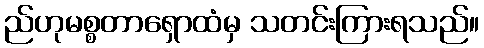
ည်ဟုမစ္စတာရှောထံမှ သတင်းကြားရသည်။